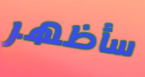
سأظهر